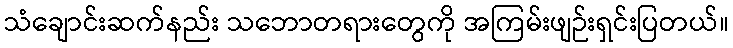
သံချောင်းဆက်နည်း သဘောတရားတွေကို အကြမ်းဖျဉ်းရှင်းပြတယ်။